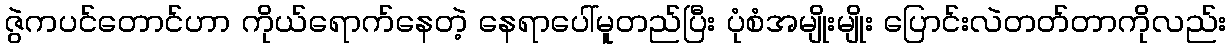
ဇွဲကပင်တောင်ဟာ ကိုယ်ရောက်နေတဲ့ နေရာပေါ်မူတည်ပြီး ပုံစံအမျိုးမျိုး ပြောင်းလဲတတ်တာကိုလည်း